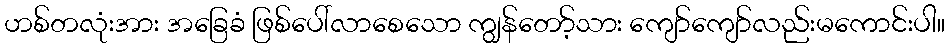
ဟစ်တလုံးအား အခြေခံ ဖြစ်ပေါ်လာစေသော ကျွန်တော့်သား ကျော်ကျော်လည်းမကောင်းပါ။